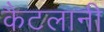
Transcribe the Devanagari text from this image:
कैटलानी